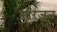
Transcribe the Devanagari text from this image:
स्टरजून